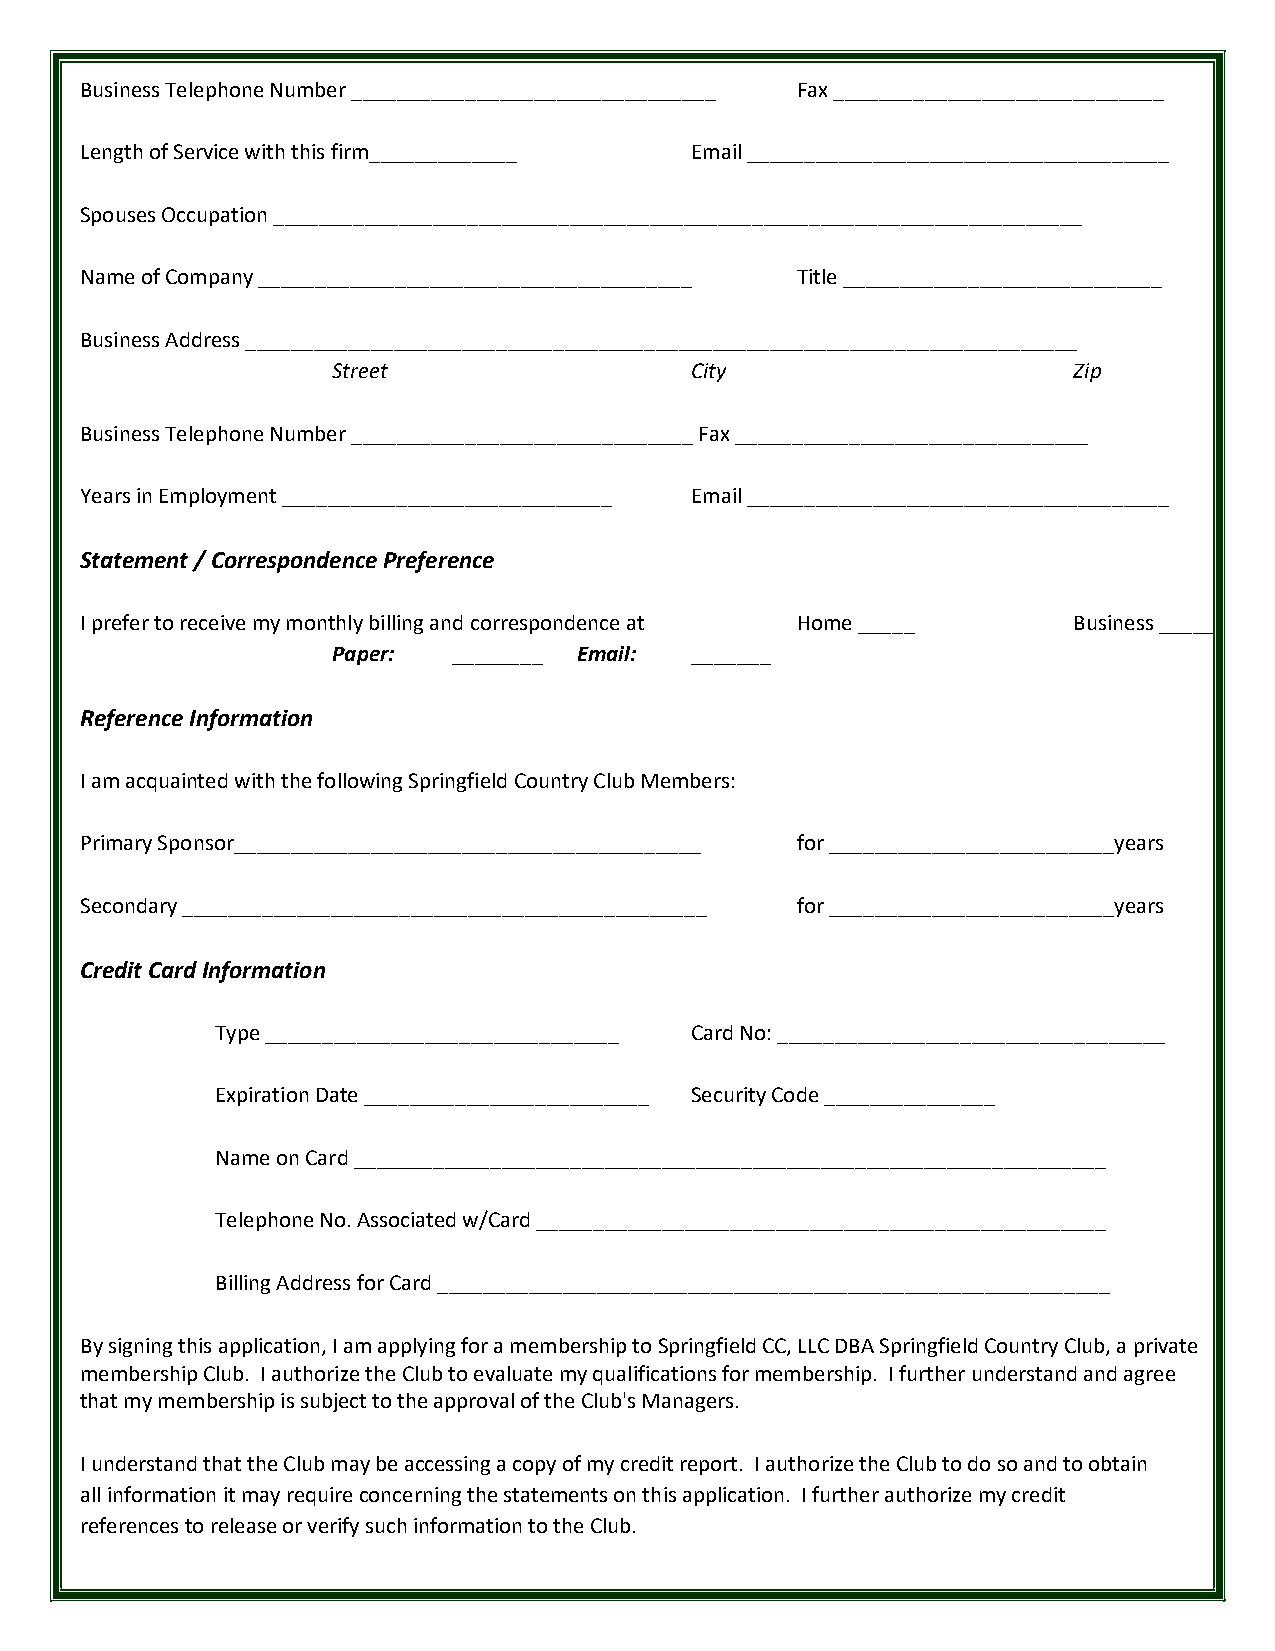
Business Telephone Number ________________________________ Fax _____________________________
 Length of Service with this firm_____________ Email _____________________________________
 Spouses Occupation _______________________________________________________________________
 Name of Company ______________________________________ Title ____________________________
 Business Address _________________________________________________________________________
 Street                  City                     Zip
 Business Telephone Number ______________________________ Fax _______________________________
 Years in Employment _____________________________ Email _____________________________________
 Statement / Correspondence Preference
 I prefer to receive my monthly billing and correspondence at Home _____ Business _____
 Paper:  ________ Email: _______
 Reference Information
 I am acquainted with the following Springfield Country Club Members:
 Primary Sponsor_________________________________________ for _________________________years
 Secondary ______________________________________________ for _________________________years
 Credit Card Information
 Type _______________________________ Card No: __________________________________
 Expiration Date _________________________ Security Code _______________
 Name on Card __________________________________________________________________
 Telephone No. Associated w/Card __________________________________________________
 Billing Address for Card ___________________________________________________________
 By signing this application, I am applying for a membership to Springfield CC, LLC DBA Springfield Country Club, a private
 membership Club. I authorize the Club to evaluate my qualifications for membership. I further understand and agree
 that my membership is subject to the approval of the Club's Managers.
 I understand that the Club may be accessing a copy of my credit report. I authorize the Club to do so and to obtain
 all information it may require concerning the statements on this application. I further authorize my credit
 references to release or verify such information to the Club.